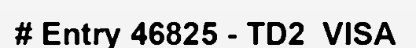
# Entry 46825 - TD2_VISA